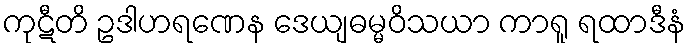
ကုဋီတိ ဥဒါဟရဏေန ဒေယျဓမ္မဝိသယာ ကာရူ ရထာဒီနံ